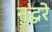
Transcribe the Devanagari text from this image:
नुद्धरे